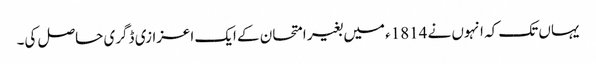
یہاں تک کہ انہوں نے 1814ء میں بغیر امتحان کے ایک اعزازی ڈگری حاصل کی۔